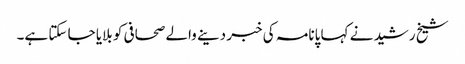
شیخ رشید نے کہا پانامہ کی خبر دینے والے صحافی کو بلایا جا سکتا ہے۔